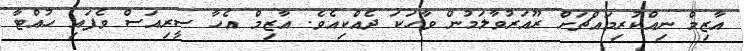
އާޒިމް ނިއްކުރިމައްޗަށް ރޫއަރުވާލަމުން ވާހަކަ ދެއްކިއެވެ. އާޒިމް އެހާ ސީރިއަސް ވެފައި ހުއްޓާ